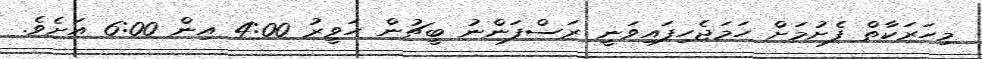
މިހަރަކާތް ފެށުމަށް ހަމަޖެހިފައިވަނީ ރަސްފަންނު ބީޗުން ހަވީރު 4:00 އިން 6:00 އަށެވެ.